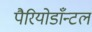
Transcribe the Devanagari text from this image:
पैरियोडाँन्टल